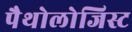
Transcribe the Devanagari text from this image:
पैथोलोजिस्ट